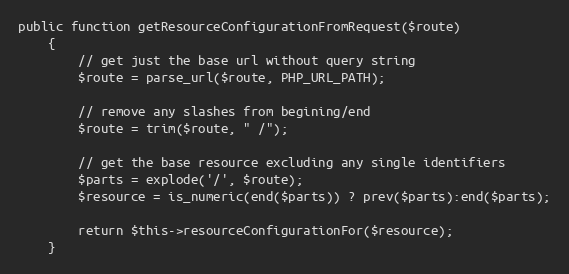
Language: PHP
public function getResourceConfigurationFromRequest($route)
    {
        // get just the base url without query string
        $route = parse_url($route, PHP_URL_PATH);

        // remove any slashes from begining/end
        $route = trim($route, " /");

        // get the base resource excluding any single identifiers
        $parts = explode('/', $route);
        $resource = is_numeric(end($parts)) ? prev($parts):end($parts);

        return $this->resourceConfigurationFor($resource);
    }